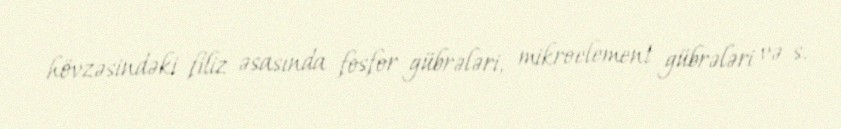
hövzəsindəki filiz əsasında fosfor gübrələri, mikroelement gübrələri və s.